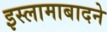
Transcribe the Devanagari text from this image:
इस्लामाबादने